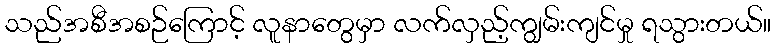
သည်အစီအစဉ်ကြောင့် လူနာတွေမှာ လက်လှည့်ကျွမ်းကျင်မှု ရသွားတယ်။